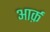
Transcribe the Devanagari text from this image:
आर्क़